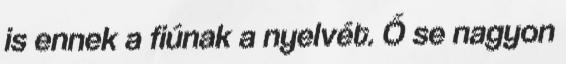
is ennek a fiúnak a nyelvét. Ő se nagyon